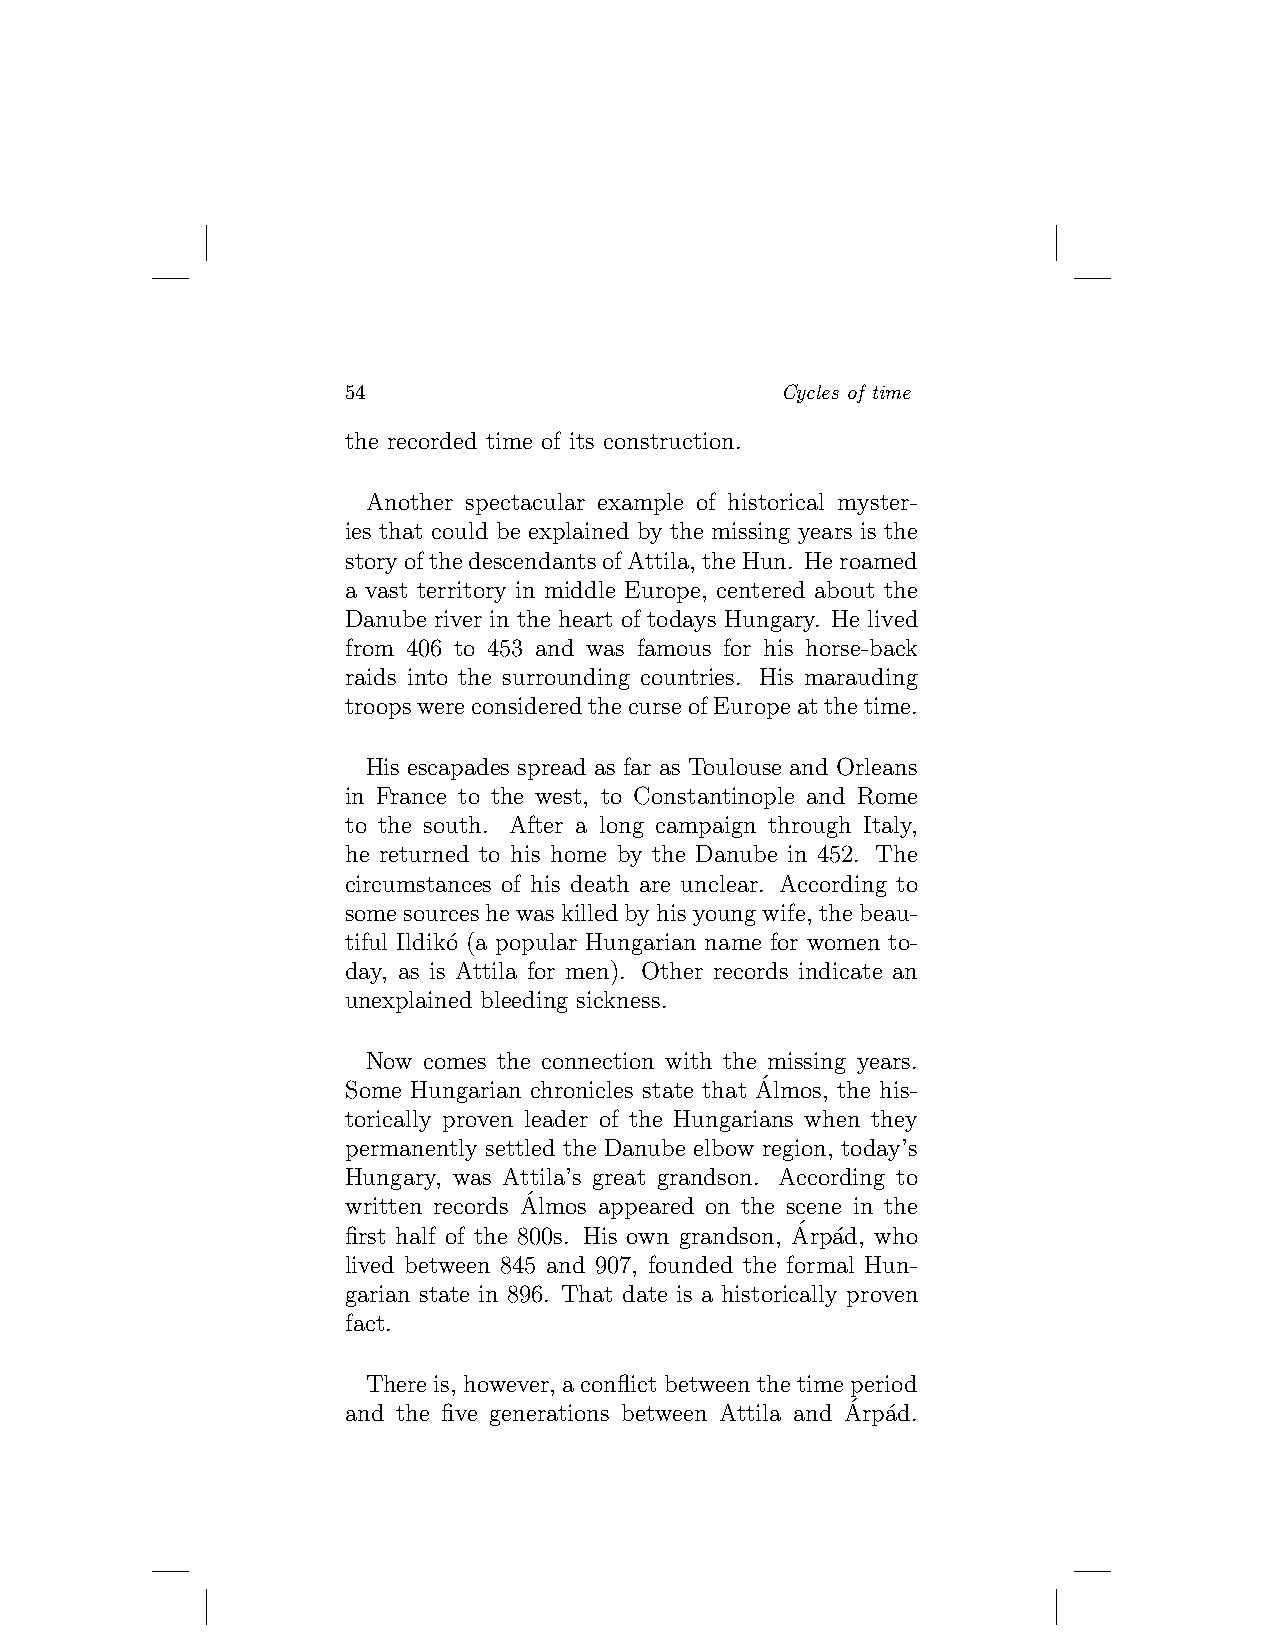
54                           Cycles of time
 the recorded time of its construction.
 Another spectacular example of historical myster-
 ies that could be explained by the missing years is the
 storyofthedescendantsofAttila,theHun. Heroamed
 a vast territory in middle Europe, centered about the
 Danube river in the heart of todays Hungary. He lived
 from 406 to 453 and was famous for his horse-back
 raids into the surrounding countries. His marauding
 troopswereconsideredthecurseofEuropeatthetime.
 His escapades spread as far as Toulouse and Orleans
 in France to the west, to Constantinople and Rome
 to the south. After a long campaign through Italy,
 he returned to his home by the Danube in 452. The
 circumstances of his death are unclear. According to
 somesourceshewaskilledbyhisyoungwife, thebeau-
 tiful Ildik´o (a popular Hungarian name for women to-
 day, as is Attila for men). Other records indicate an
 unexplained bleeding sickness.
 Now comes the connection with the missing years.
 ´
 Some Hungarian chronicles state that Almos, the his-
 torically proven leader of the Hungarians when they
 permanently settled the Danube elbow region, today’s
 Hungary, was Attila’s great grandson. According to
 ´
 written records Almos appeared on the scene in the
 ´
 first half of the 800s. His own grandson, Arp´ad, who
 lived between 845 and 907, founded the formal Hun-
 garian state in 896. That date is a historically proven
 fact.
 Thereis, however, aconflictbetweenthetimeperiod
 ´
 and the five generations between Attila and Arp´ad.